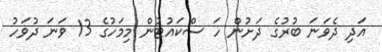
އަދި ދެވަނަ ބުރުގެ ދަށުން ހަ ސްކައުޓުން މިމަހުގެ 13 ވަނަ ދުވަހު